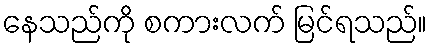
နေသည်ကို စကားလက် မြင်ရသည်။